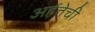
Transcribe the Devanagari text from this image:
अर्हतेची